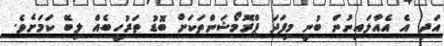
އަދި އެ އެއާލައިނުން ބުނީ މިފަަދަ ޕްރޮމޯޝަންތަކަށް ބޮޑު ތަރުހީބެއް ލިބޭ ކަމަށެވެ.